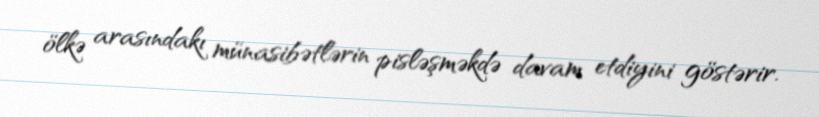
ölkə arasındakı münasibətlərin pisləşməkdə davam etdiyini göstərir.